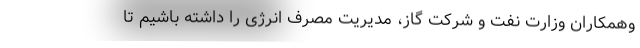
وهمکاران وزارت نفت و شرکت گاز، مدیریت مصرف انرژی را داشته باشیم تا